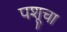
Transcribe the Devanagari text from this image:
पशूचा